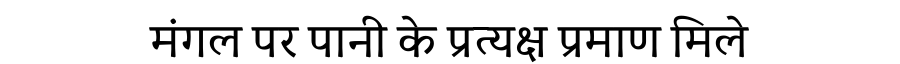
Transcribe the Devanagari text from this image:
मंगल पर पानी के प्रत्यक्ष प्रमाण मिले